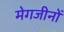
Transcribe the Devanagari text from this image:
मेगजीनों